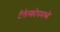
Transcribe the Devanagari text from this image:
टेलेस्कोपमध्ये